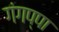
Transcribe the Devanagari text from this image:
गंगप्पा